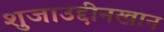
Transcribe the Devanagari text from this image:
शुजाउद्दीनखान